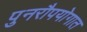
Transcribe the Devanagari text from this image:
पुनरौपयोगात